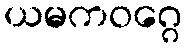
ယမကဝဂ္ဂေ